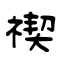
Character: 禊